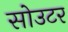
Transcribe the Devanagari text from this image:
सोउटर